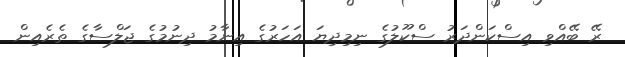
ރޭ ބޭއްވި އިސްކަންދަރު ސްކޫލުގެ ނިމިދިޔަ އަހަރުގެ އިނާމު ދިނުމުގެ ޖަލްސާގެ ތެރެއިން